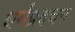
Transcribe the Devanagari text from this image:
धर्मप्रवचन